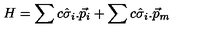
H = \sum c \hat { \sigma } _ { i } . \vec { p } _ { i } + \sum c \hat { \sigma } _ { i } . \vec { p } _ { m }